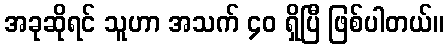
အခုဆိုရင် သူဟာ အသက် ၄၀ ရှိပြီ ဖြစ်ပါတယ်။